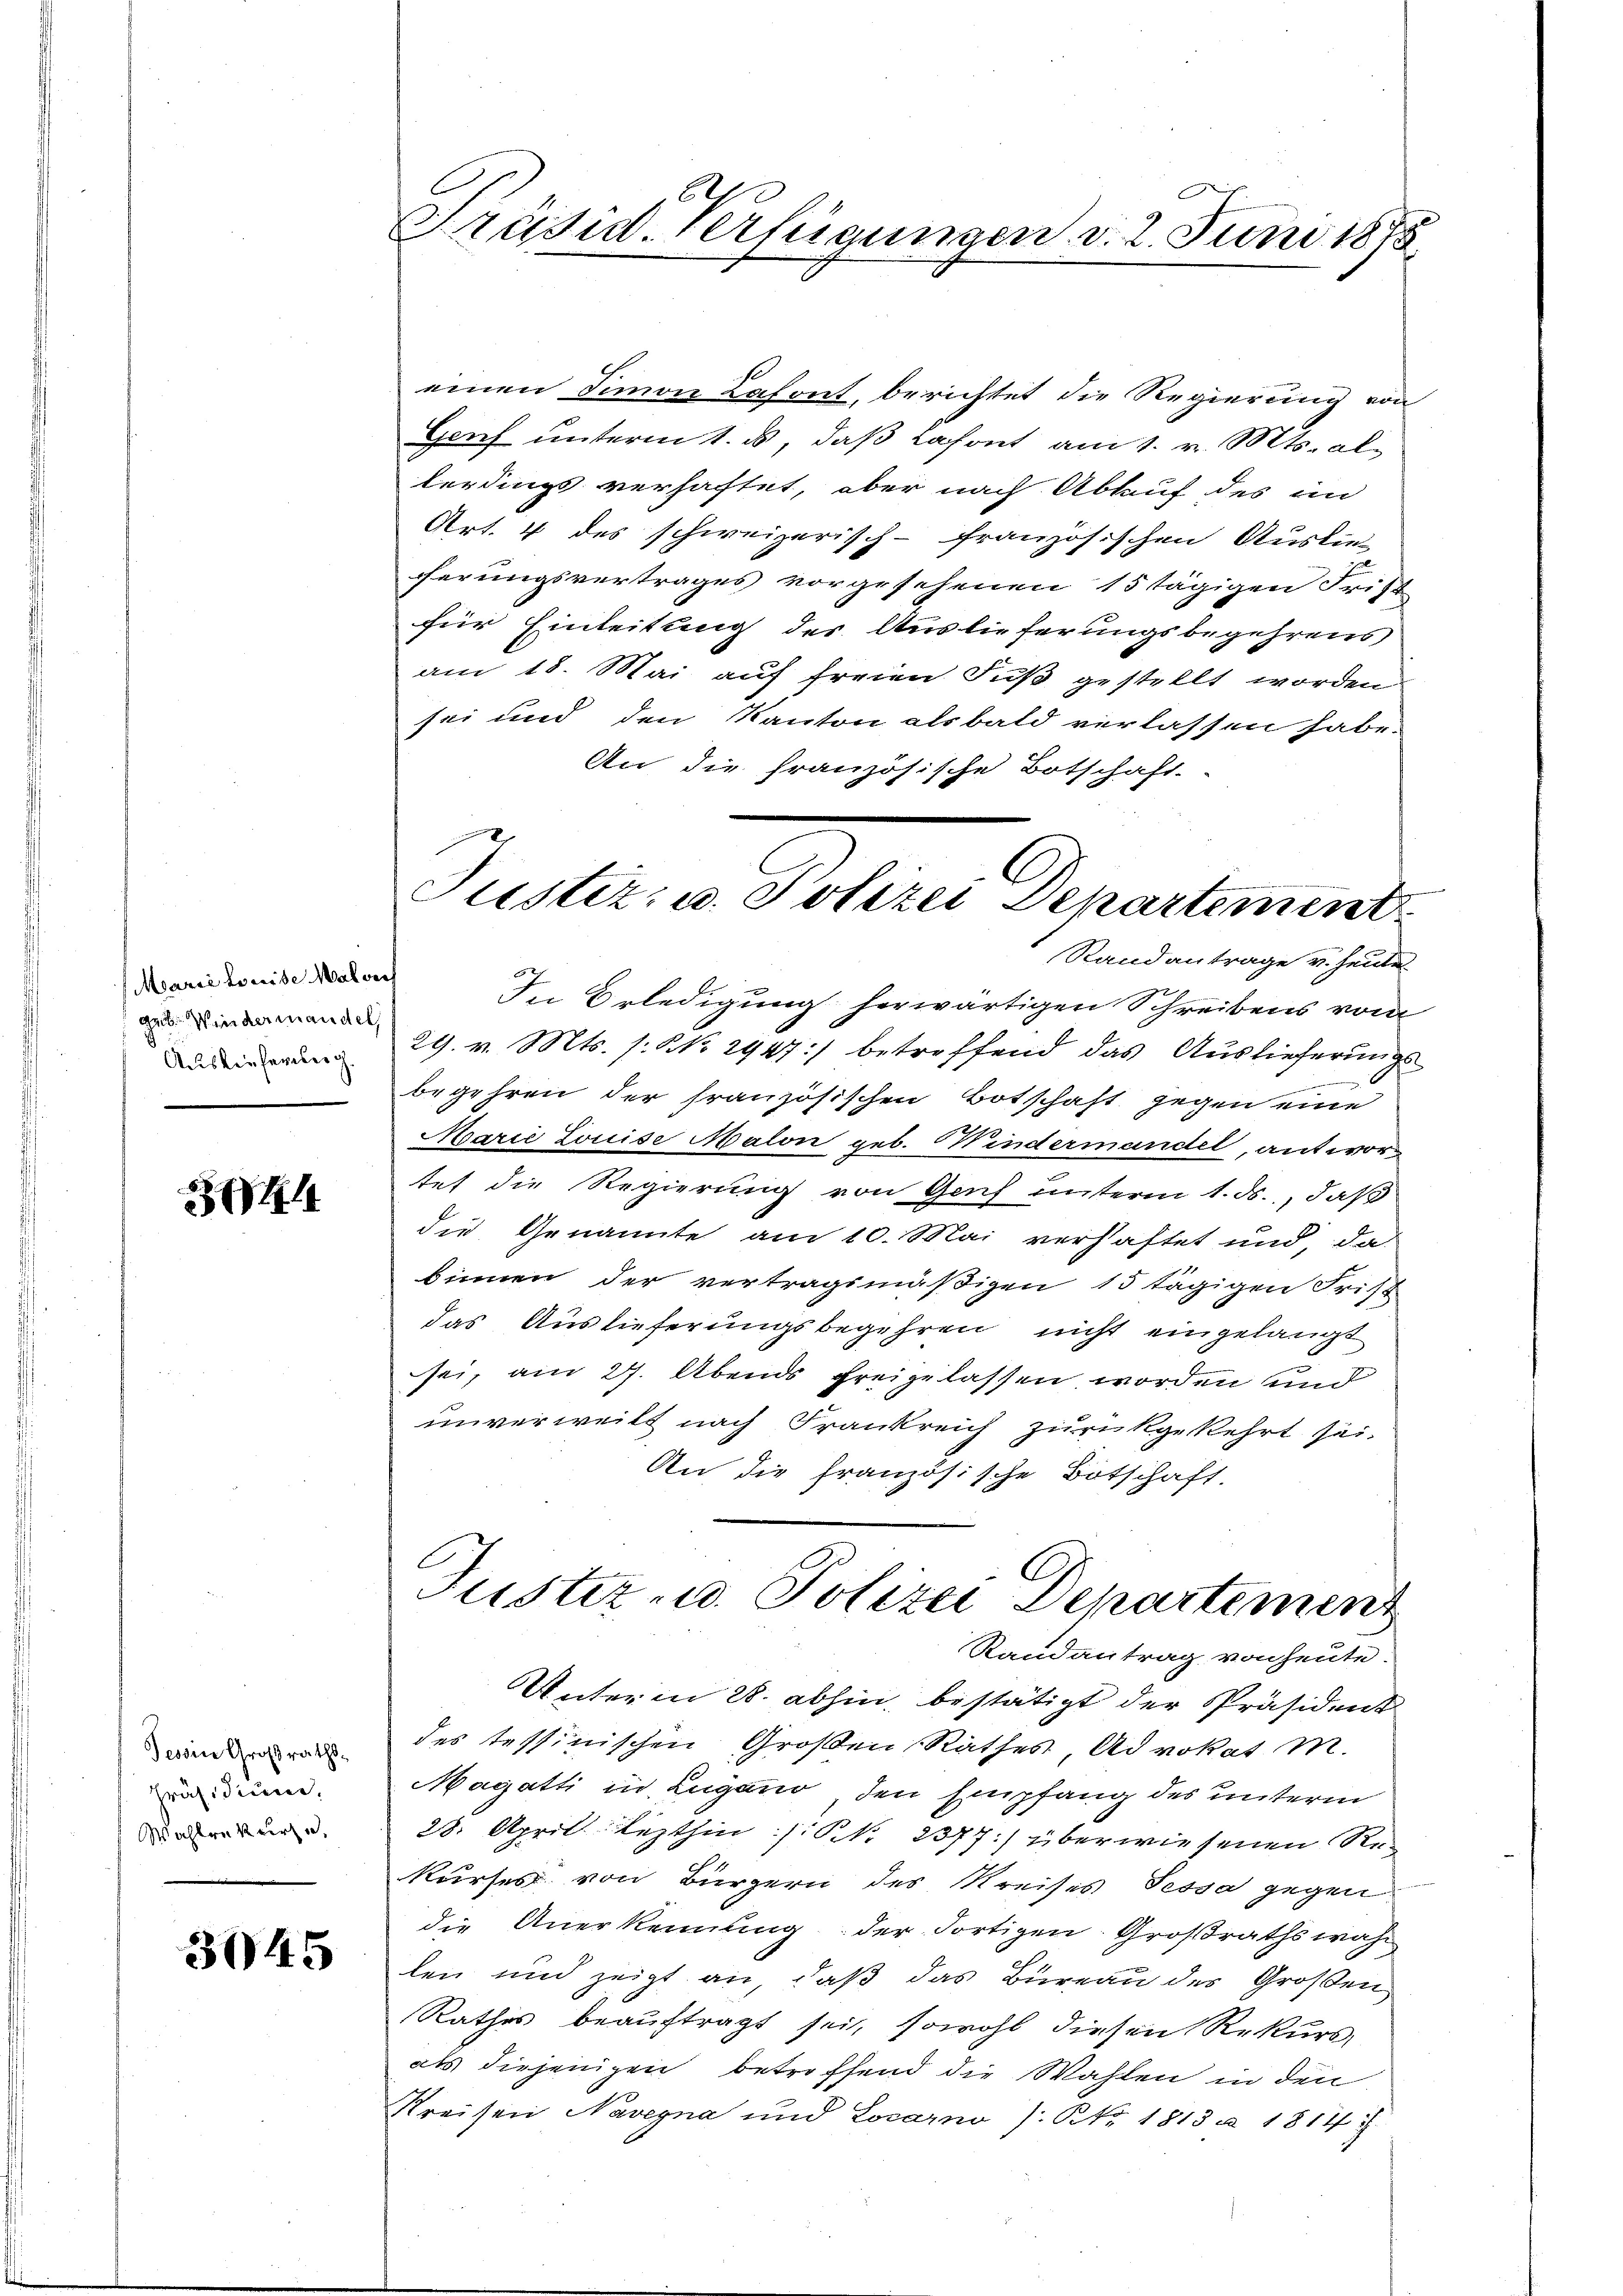
Marie Louise Malverh
geb. Windermandel,
Auslieferung.

34

Tessin Großraths¬
Präsidiene,
Wahlre kurze,

3045

C
E
Präsid. Verfügungen v. 2. Juni 1875

einen Simon Lafont, berichtet die Regierung von
Genf unterm 1. ds, daß lafont am 1. v. Mts. allerdings verhaftet, aber nach Ablauf des in
Art. 4 des schweizerisch-französischen Auslie-
ferungsvertrages vorgesehenen 15 tägigen Frist
für Einleitung des Auslieferungsbegehrens
am 18. Mai auf freien Fuß gestellt worden
sei und den Kanton als bald verlassen habe.
An die französische Botschaft.
Randantrage v. heute
In Erledigung herwärtigen Schreibens vom
29. v. Mts. s. No 2947) betreffend das Auslieferungs
begehren der französischen Botschaft gegen eine
Marie Louise Malon geb. Mindermandel, antwortet die Regierung von Genf unterm 1. ds., daß
die Genannte am 10. Mai verhaftet und da
binnen der vertragsmäßigen 15 tägigen Frist
das Auslieferungsbegehren nicht eingelangt
sei, am 27. Abends freigelassen worden und
unverweilt nach Frankreich zurückgekehrt sei.
An die französische Botschaft.
Justiz- u. Polizei Departement
Randantrag von heute.
Unterm 28. abhin, bestätigt der Präsident
des Tessinischen Großen Rathes Advokat M.
Magatti in Lugano den Empfang des unterm
28. April lezthin /: P. Nr. 2377: überwiesenen Rekurses von Bürgern des Kreises Tessa gegen
die Anerkennung der Fortigen Großrathswah
len und zeigt an, daß das Büreau des Großen
Rathes beauftragt sei, sowohl diesen Rekurs,
als diejenigen betreffend die Wahlen in den
Kreisen Navegna und Locarno /: Nr. 1813 u. 1814 f.

Justiz- u. Polizei Dekartement